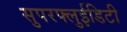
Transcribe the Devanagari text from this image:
सुपरफ्लुईडिटी